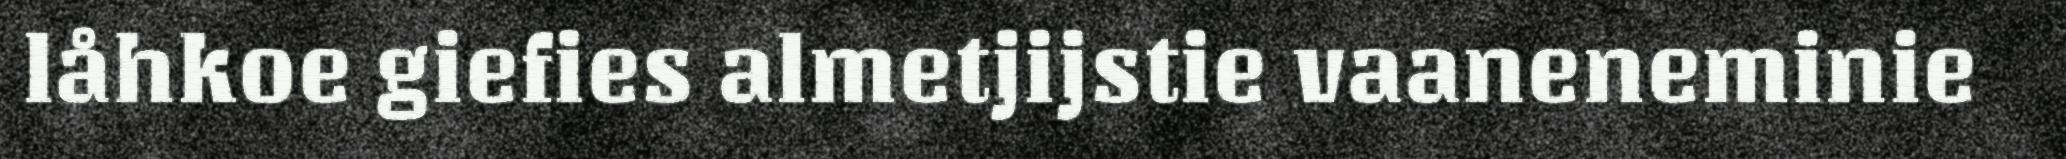
låhkoe giefies almetjijstie vaaneneminie